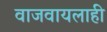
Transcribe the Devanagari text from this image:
वाजवायलाही